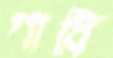
গাধি